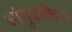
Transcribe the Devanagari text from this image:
आंनुवांशिक